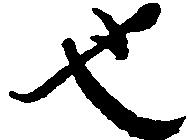
也